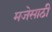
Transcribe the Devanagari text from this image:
मजेसाठी